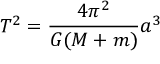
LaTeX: T ^ { 2 } = { \frac { 4 \pi ^ { 2 } } { G ( M + m ) } } a ^ { 3 }